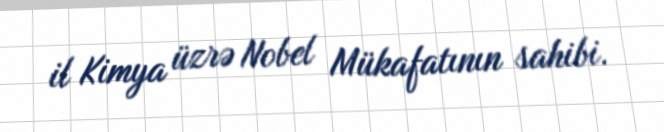
il Kimya üzrə Nobel Mükafatının sahibi.